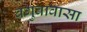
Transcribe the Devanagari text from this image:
बगुवावासा